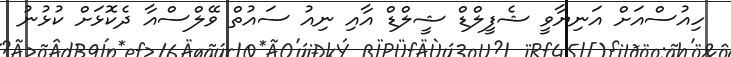
ހިއުސްއަށް އަނިޔާވީ ޝެފީލްޑް ޝީލްޑް އާއި ނިއު ސައުތް ވޭލްސްއާ ދެކޮޅަށް ކުޅުނު